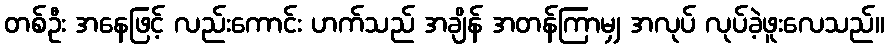
တစ်ဦး အနေဖြင့် လည်းကောင်း ဟက်သည် အချိန် အတန်ကြာမျှ အလုပ် လုပ်ခဲ့ဖူးလေသည်။